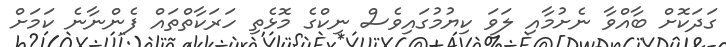
ގަދަކޮށް ބާއްވާ ނެށުމާއި ލަވަ ކިޔުމުގައިވެސް ނިކްގެ މޮޅެތި ހަރަކާތްތައް ފެންނާނެ ކަމަށް